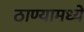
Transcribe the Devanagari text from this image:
ठाण्यामध्ये